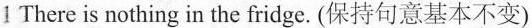
1 There is nothing in the fridge. (保持句意基本不变)